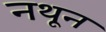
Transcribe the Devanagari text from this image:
नथून